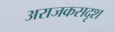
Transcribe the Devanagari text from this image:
अराजकसदृश